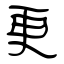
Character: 更